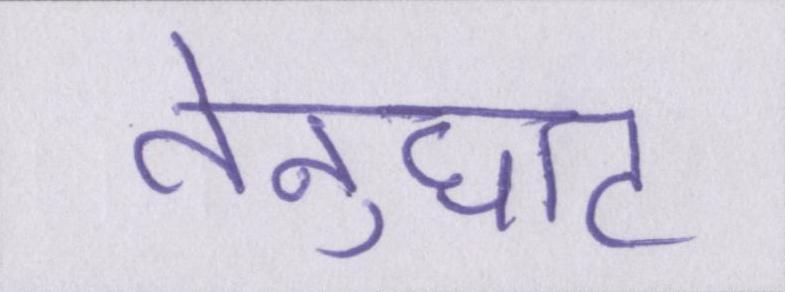
तेनुघाट